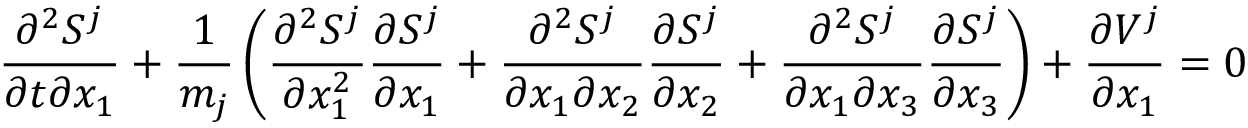
\frac { \partial ^ { 2 } S ^ { j } } { \partial t \partial x _ { 1 } } + \frac { 1 } { m _ { j } } \left( \frac { \partial ^ { 2 } S ^ { j } } { \partial x _ { 1 } ^ { 2 } } \frac { \partial S ^ { j } } { \partial x _ { 1 } } + \frac { \partial ^ { 2 } S ^ { j } } { \partial x _ { 1 } \partial x _ { 2 } } \frac { \partial S ^ { j } } { \partial x _ { 2 } } + \frac { \partial ^ { 2 } S ^ { j } } { \partial x _ { 1 } \partial x _ { 3 } } \frac { \partial S ^ { j } } { \partial x _ { 3 } } \right) + \frac { \partial V ^ { j } } { \partial x _ { 1 } } = 0